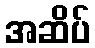
အဆိပ်